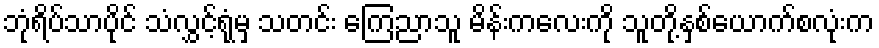
ဘုံရိပ်သာပိုင် သံလွှင့်ရုံမှ သတင်း ကြေညာသူ မိန်းကလေးကို သူတို့နှစ်ယောက်စလုံးက